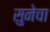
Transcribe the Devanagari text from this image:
सुनेचा